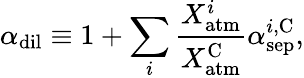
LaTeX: \alpha_{\mathrm{dil}}\equiv 1+\sum_{i}\frac{X_{\mathrm{atm}}^{i}}{X_{\mathrm{atm}}^{\mathrm{C}}}\alpha_{\mathrm{sep}}^{i,\mathrm{C}},